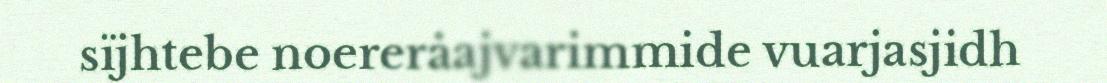
sïjhtebe noereråajvarimmide vuarjasjidh